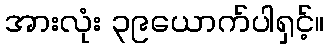
အားလုံး ၃၉ယောက်ပါရှင့်။